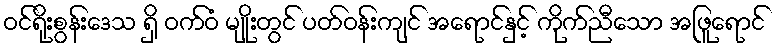
ဝင်ရိုးစွန်းဒေသ ရှိ ဝက်ဝံ မျိုးတွင် ပတ်ဝန်းကျင် အရောင်နှင့် ကိုက်ညီသော အဖြူရောင်